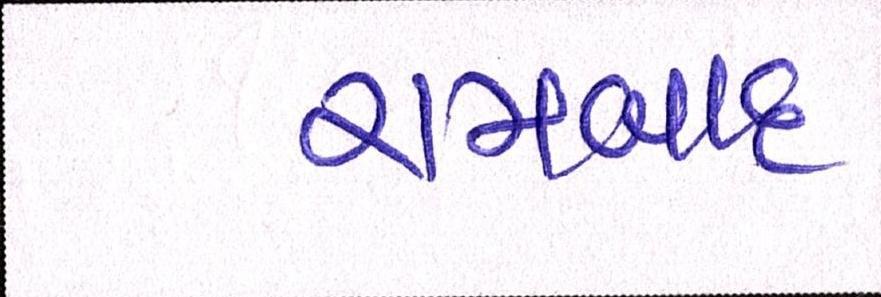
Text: રામબાદ